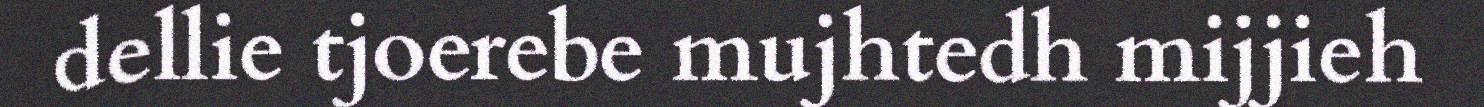
dellie tjoerebe mujhtedh mijjieh